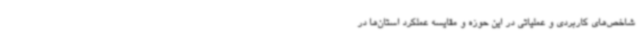
شاخص‌های کاربردی و عملیاتی در این حوزه و مقایسه عملکرد استان‌ها در